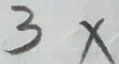
3 x